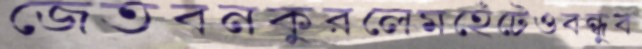
জেতবনকুরলেমহেঁটেওবন্ধুব